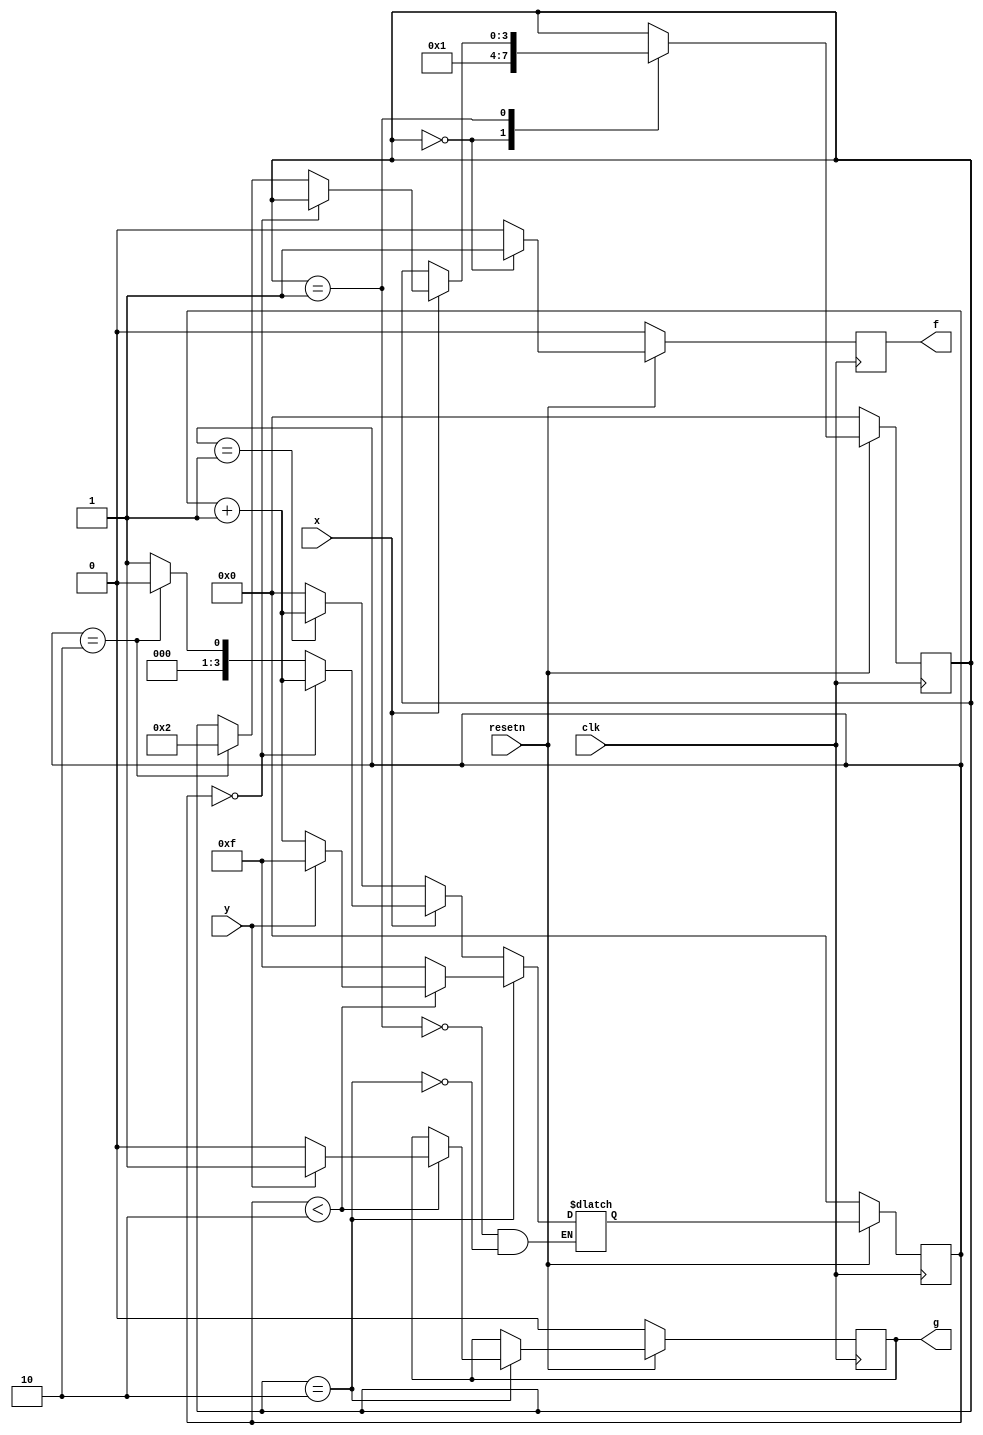
/*
 * Created on Wed Jul 27 2022
 *
 * Copyright (c) 2022 IOA UCAS
 *
 * @Filename:	 fsm_q2b.v
 * @Author:		 Jiawei Lin
 * @Last edit:	 21:48:31
 */


/*
 * It is odd, I had written what it demands, but didn't pass OJ. 
 */
module top_module (
    input clk,
    input resetn,    // active-low synchronous reset
    input x,
    input y,
    output f,
    output g
); 
    localparam ST_A = 4'h0,
    			ST_B = 4'h1,
    			ST_C = 4'h2;
    reg [3:0] state_reg = ST_A, state_next;
    reg [3:0] count_reg = 4'h0, count_next;
    reg f_reg = 1'b0, f_next;
    reg g_reg = 1'b0, g_next;
    
    always @(*) begin
        state_next = state_reg;
        f_next = 1'b0;
        g_next = g_reg;
        case (state_reg) 
            ST_A: begin
                f_next = 1'b1;
                state_next = ST_B;
            end
            ST_B: begin
                if (x) begin
                    if (count_reg == 4'h0) begin
                        count_next = count_reg + 4'h1;
                    end else if (count_reg == 4'h2) begin
                        state_next = ST_C;
                        count_next = 4'h0;
                    end else begin
                        count_next = 4'h1;
                    end
                end else begin
                    if (count_reg == 4'h1) begin
                        count_next = count_reg + 4'h1;
                    end else begin
                        count_next = 4'h0;
                    end
                end
            end
            ST_C: begin
                if (count_reg < 4'h2) begin
                    if (y) begin
                        g_next = 1'b1;
                        count_next = 4'hF;
                    end else begin
                        g_next = 1'b0;
                    	count_next = count_reg + 4'h1;
                    end
                end else begin
                    count_next = 4'hF;
                end
            end
        endcase
    end
    
    always @(posedge clk) begin
        if (~resetn) begin 
            state_reg <= ST_A;
            count_reg <= 4'h0;
			f_reg <= 1'b0;
			g_reg <= 1'b0;
        end else begin
            state_reg <= state_next;
            count_reg <= count_next;
            f_reg <= f_next;
			g_reg <= g_next;
        end
    end
	assign f = f_reg;
    assign g = g_reg;
endmodule